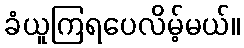
ခံယူကြရပေလိမ့်မယ်။